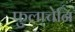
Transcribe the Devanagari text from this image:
फुलाचेनि